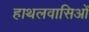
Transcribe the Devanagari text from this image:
हाथलवासिओं